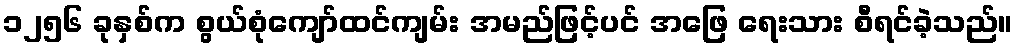
၁၂၅၆ ခုနှစ်က စွယ်စုံကျော်ထင်ကျမ်း အမည်ဖြင့်ပင် အဖြေ ရေးသား စီရင်ခဲ့သည်။